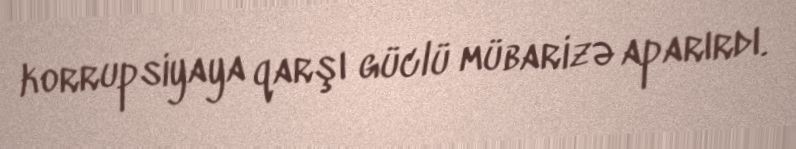
korrupsiyaya qarşı güclü mübarizə aparırdı.